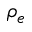
\rho _ { e }